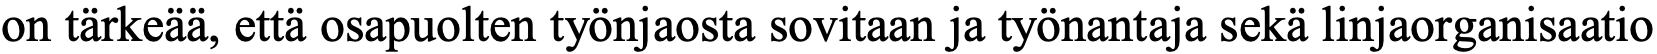
on tärkeää, että osapuolten työnjaosta sovitaan ja työnantaja sekä linjaorganisaatio